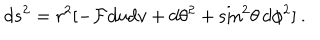
d s ^ { 2 } = r ^ { 2 } [ - { \cal F } d u d v + d \theta ^ { 2 } + \sin ^ { 2 } \! \theta \, d \phi ^ { 2 } ] \: .